画像に写った文字を読んでください
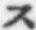
「ス」と書いてあります